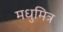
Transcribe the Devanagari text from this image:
मधुमित्र